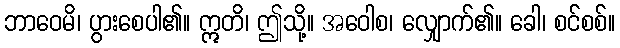
ဘာဝေမိ၊ ပွားစေပါ၏။ ဣတိ၊ ဤသို့။ အဝေါစ၊ လျှောက်၏။ ခေါ၊ စင်စစ်။